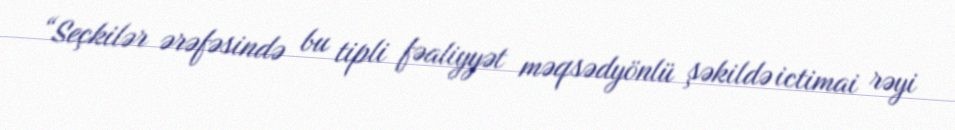
“Seçkilər ərəfəsində bu tipli fəaliyyət məqsədyönlü şəkildə ictimai rəyi